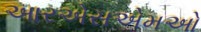
આરએસએમઓ